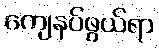
ကျေနပ်ဖွယ်ရာ